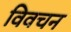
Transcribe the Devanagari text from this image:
विवचन